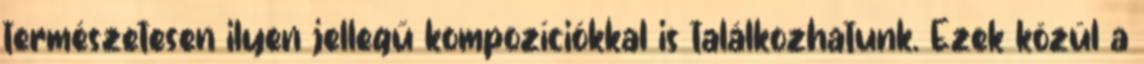
természetesen ilyen jellegű kompozíciókkal is találkozhatunk. Ezek közül a